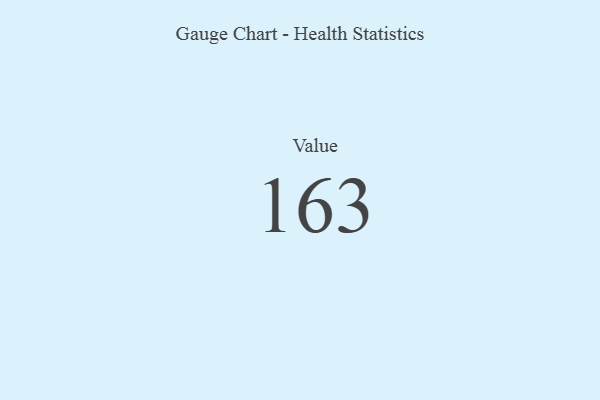
{"axis": {"x": "Metric", "y": "Value"}, "legend": [""], "data": [{"x": "Value", "y": 163, "type": ""}]}